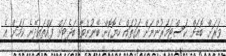
ވަރަށް ބޮޑަށް ކަސްޓަމަރުންނަށް އަގުތައް ހެޔޮކޮށް ބޭނުންވާ ބަޖެޓަށް ފައްތައިދޭނެ ކަމަށް އެ